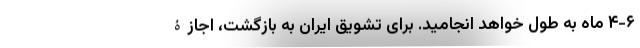
۴-۶ ماه به طول خواهد انجامید. برای تشویقِ ایران به بازگشت، اجازۀ